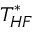
T _ { H F } ^ { * }